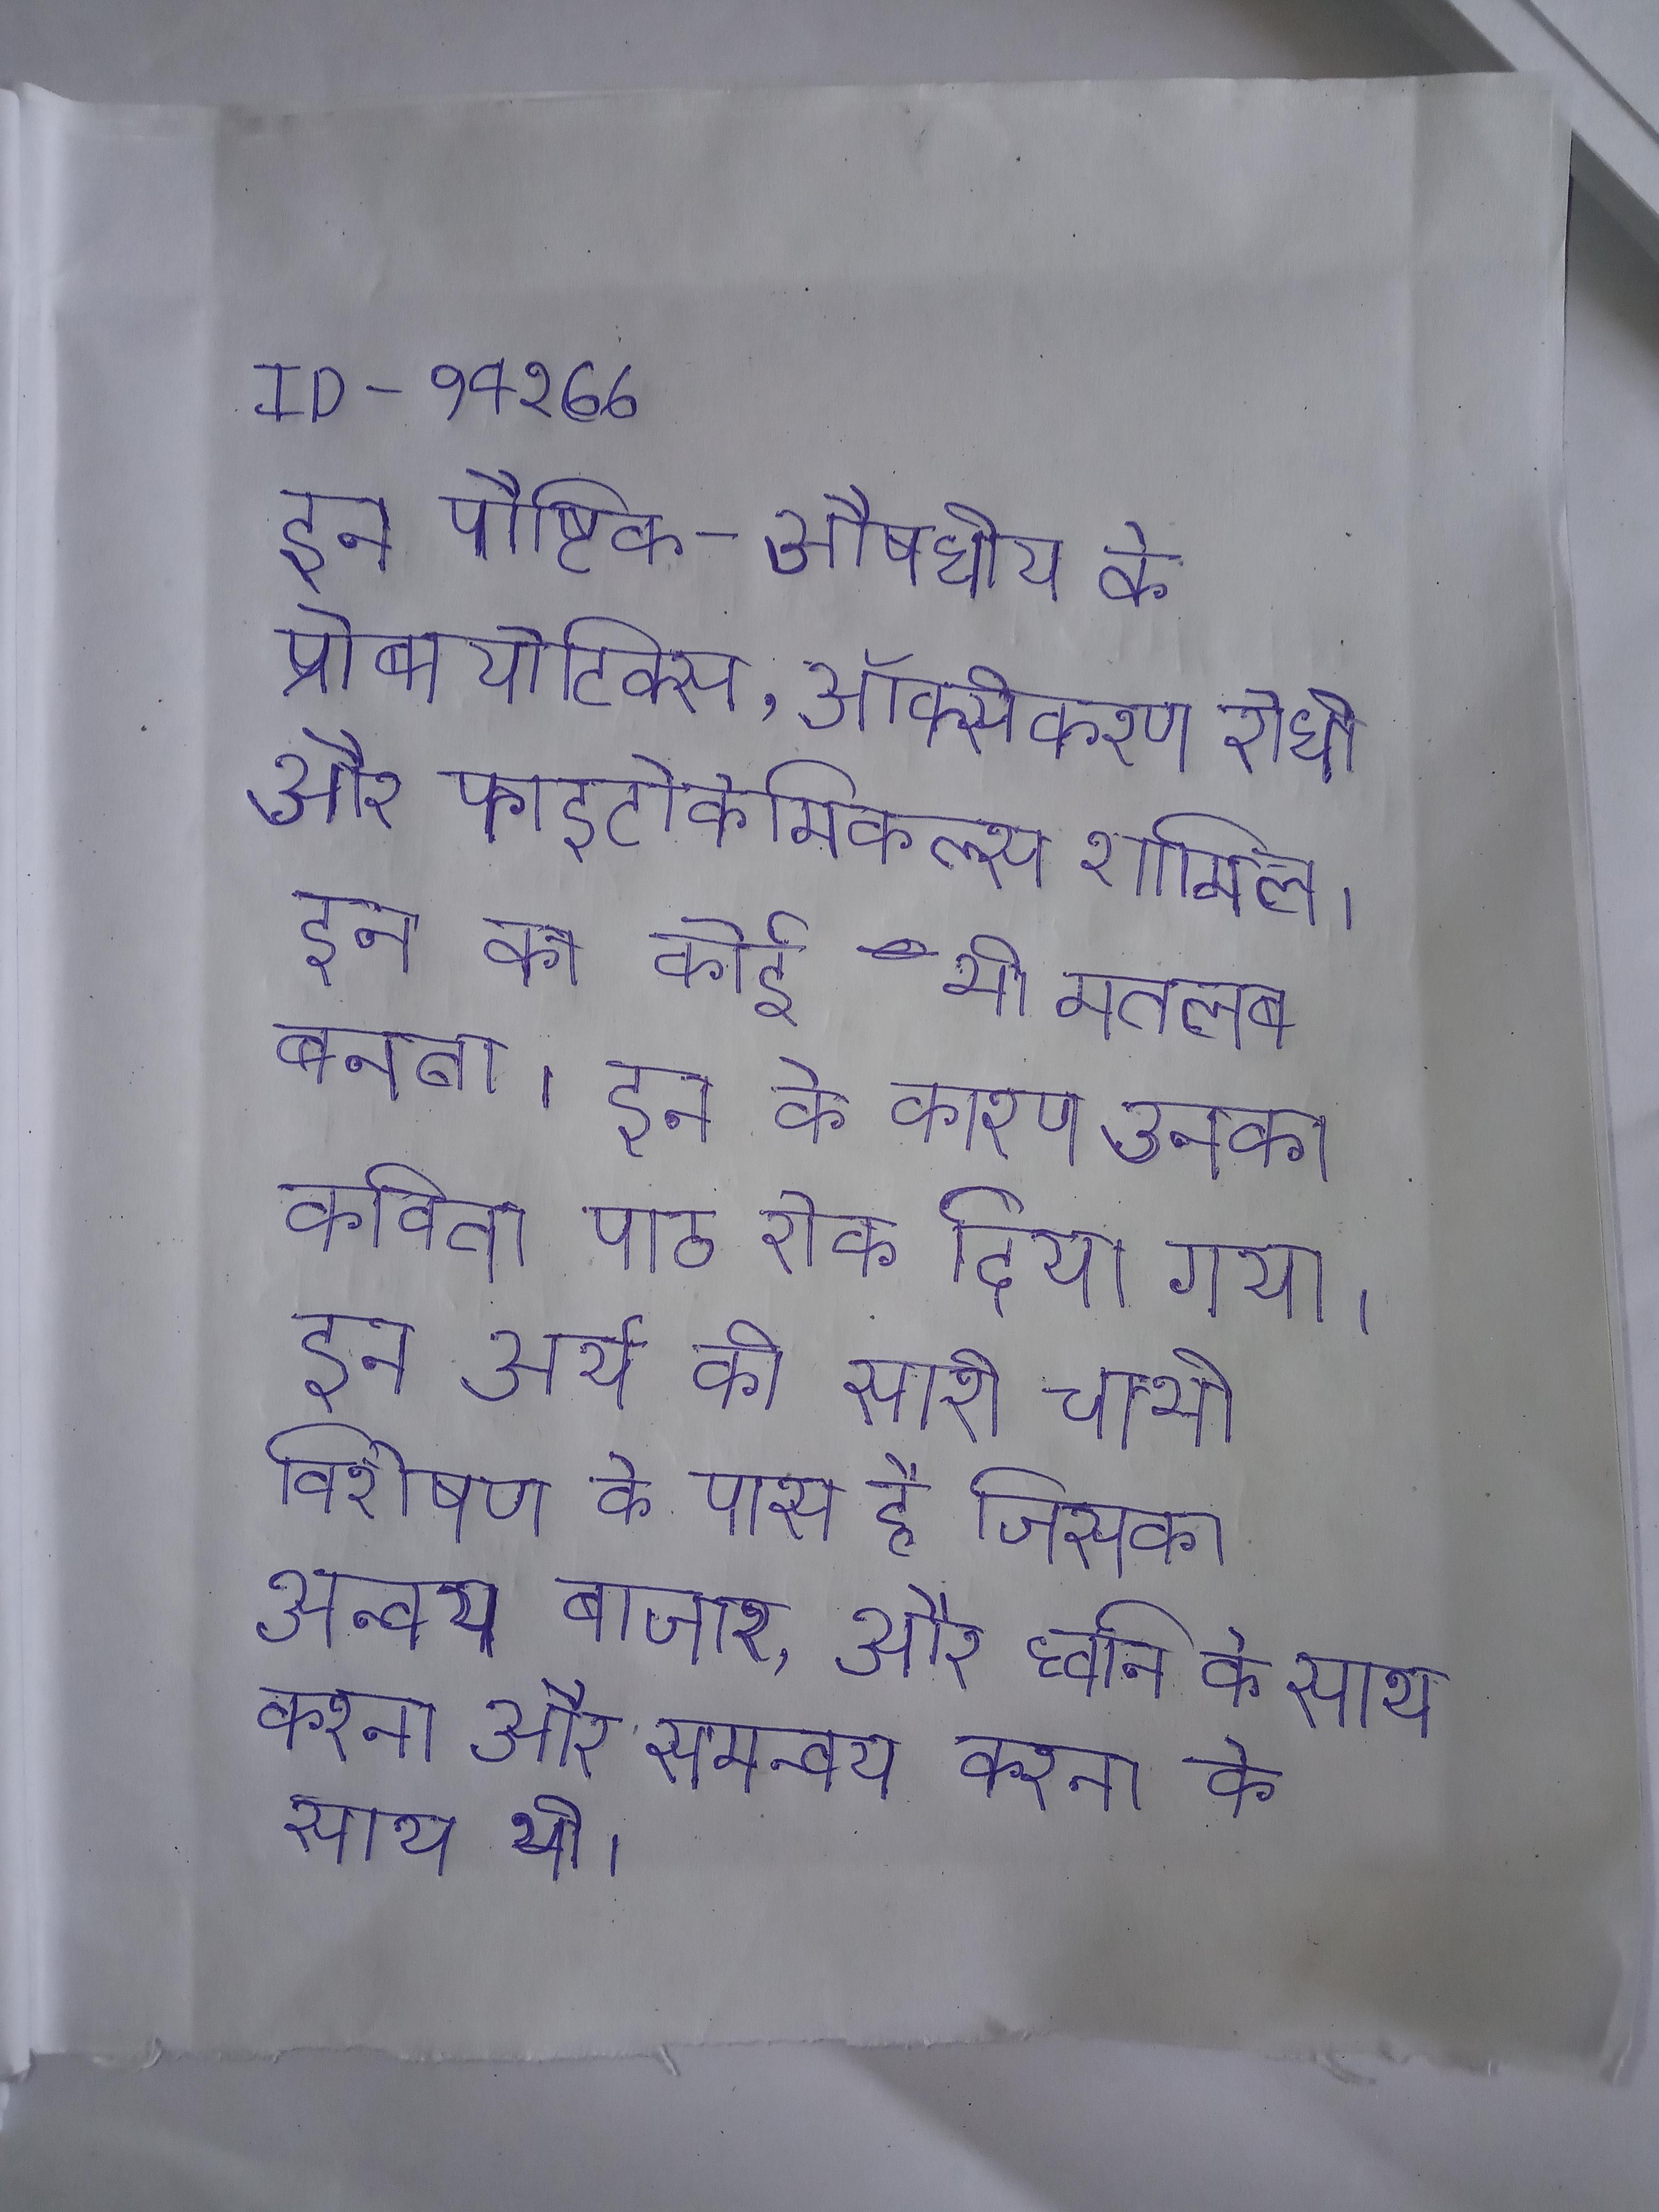
इन पौष्टिक-औषधीय के प्रोबायोटिक्स, ऑक्सीकरण रोधी और फाइटोकेमिकल्स शामिल । इन का कोई भी मतलब बनता । इन के कारण उनका कविता पाठ रोक दिया गया । इन अर्थ की सारी चाभी विशेषण के पास है जिसका अन्वय बाजार, और ध्वनि के साथ करना और समन्वय करना के साथ भी ।